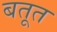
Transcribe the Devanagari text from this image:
बतूत